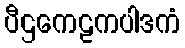
ပီဌကေဠကပါဒကံ